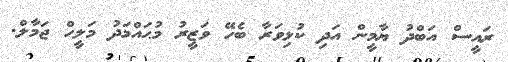
ރައީސް އަބްދު ޔާމީންް އަދި ކުޅިވަރާ ބެހޭ ވަޒީރު މުޙައްމަދު މަލީހް ޖަމާލް.